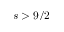
s > 9 / 2